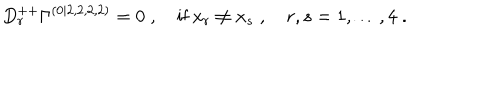
D _ { r } ^ { + + } \Gamma ^ { ( 0 | 2 , 2 , 2 , 2 ) } = 0 \; , \quad \mathrm { i f ~ } x _ { r } \neq x _ { s } \; , \quad r , s = 1 , \ldots , 4 \; .